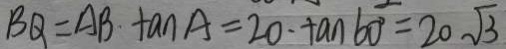
B Q = A B \cdot \tan A = 2 0 \cdot \tan 6 0 ^ { \circ } = 2 0 \sqrt { 3 }